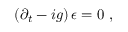
\left( \partial _ { t } - i g \right) \epsilon = 0 \ ,